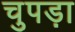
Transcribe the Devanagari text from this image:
चुपड़ा